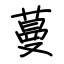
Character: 蔓